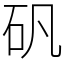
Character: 矾